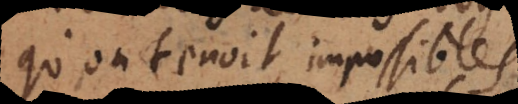
qu’on tenoit impossibles